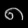
Digit: ၈